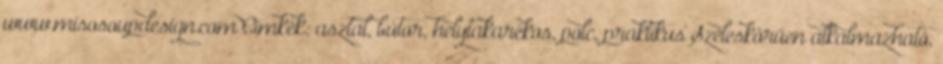
www.misosoupdesign.com Címkék: asztal, bútor, helytakarékos, polc, praktikus Széleskörűen alkalmazható,